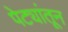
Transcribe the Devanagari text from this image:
पेट्यांतून